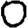
Digit: 0